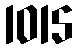
1015